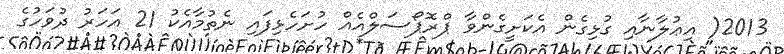
2013( އިޢުލާނާއި ގުޅިގެން އެކަށީގެންވާ ޕްރޮޕޯސަލްއެއް ހުށަހެޅިފައި ނެތުމާއެކު 21 އަހަރު ދުވަހުގެ